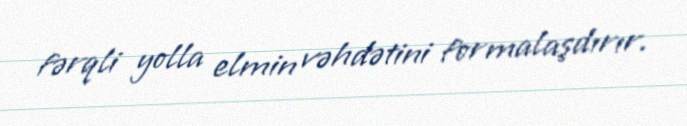
fərqli yolla elmin vəhdətini formalaşdırır.